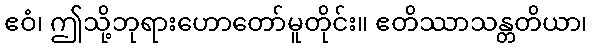
ဧဝံ၊ ဤသို့ဘုရားဟောတော်မူတိုင်း။ ဧတိဿာသန္တတိယာ၊